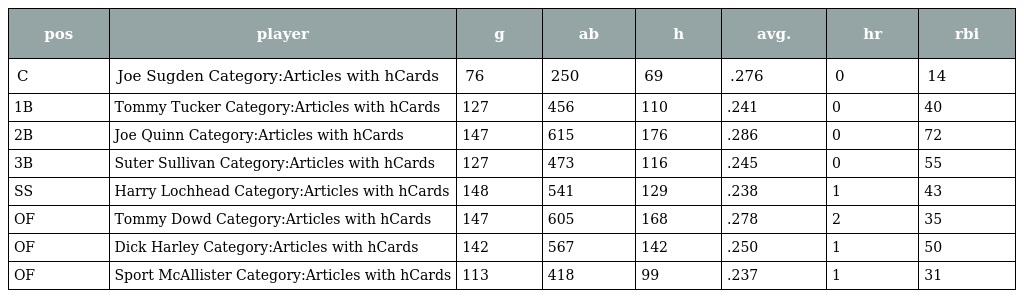
| pos | player | g | ab | h | avg. | hr | rbi |
 | --- | --- | --- | --- | --- | --- | --- | --- |
 | C | Joe Sugden Category:Articles with hCards | 76 | 250 | 69 | .276 | 0 | 14 |
 | 1B | Tommy Tucker Category:Articles with hCards | 127 | 456 | 110 | .241 | 0 | 40 |
 | 2B | Joe Quinn Category:Articles with hCards | 147 | 615 | 176 | .286 | 0 | 72 |
 | 3B | Suter Sullivan Category:Articles with hCards | 127 | 473 | 116 | .245 | 0 | 55 |
 | SS | Harry Lochhead Category:Articles with hCards | 148 | 541 | 129 | .238 | 1 | 43 |
 | OF | Tommy Dowd Category:Articles with hCards | 147 | 605 | 168 | .278 | 2 | 35 |
 | OF | Dick Harley Category:Articles with hCards | 142 | 567 | 142 | .250 | 1 | 50 |
 | OF | Sport McAllister Category:Articles with hCards | 113 | 418 | 99 | .237 | 1 | 31 |